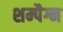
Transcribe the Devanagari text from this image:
शम्पैग्न